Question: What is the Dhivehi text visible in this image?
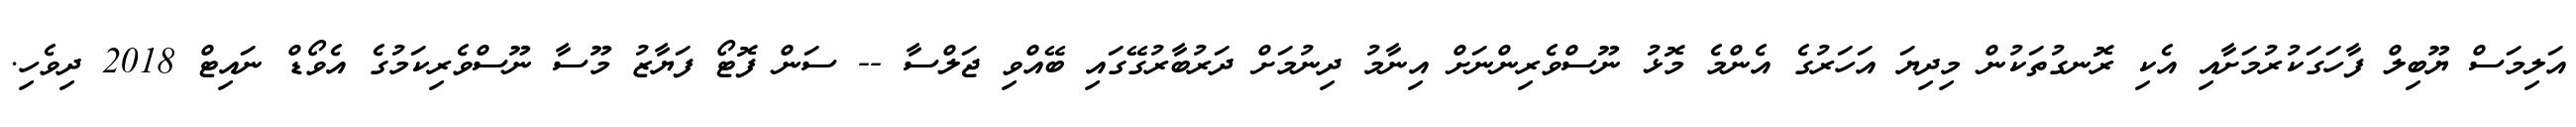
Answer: އަލިމަސް ޔޫބިލް ފާހަގަކުރުމަށާއި އެކި ރޮނގުތަކުން މިދިޔަ އަހަރުގެ އެންމެ މޮޅު ނޫސްވެރިންނަށް އިނާމު ދިނުމަށް ދަރުބާރުގޭގައި ބޭއްވި ޖަލްސާ -- ސަން ފޮޓޯ ފަޔާޒު މޫސާ ނޫސްވެރިކަމުގެ އެވޯޑް ނައިޓް 2018 ދިވެހި.